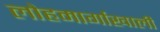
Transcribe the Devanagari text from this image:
लोहमार्गाखाली